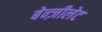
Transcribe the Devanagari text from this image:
बेन्ज़ीलेट